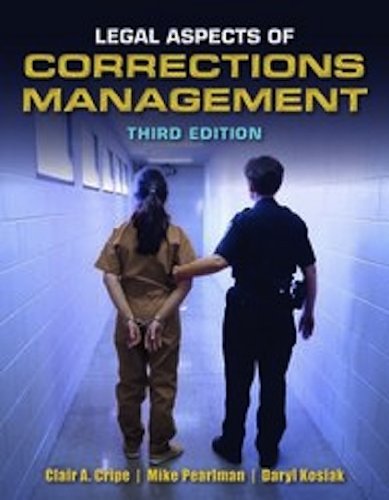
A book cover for Legal Aspects of Corrections Management, 3rd Edition; Clair A. Cripe; Law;